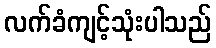
လက်ခံကျင့်သုံးပါသည်